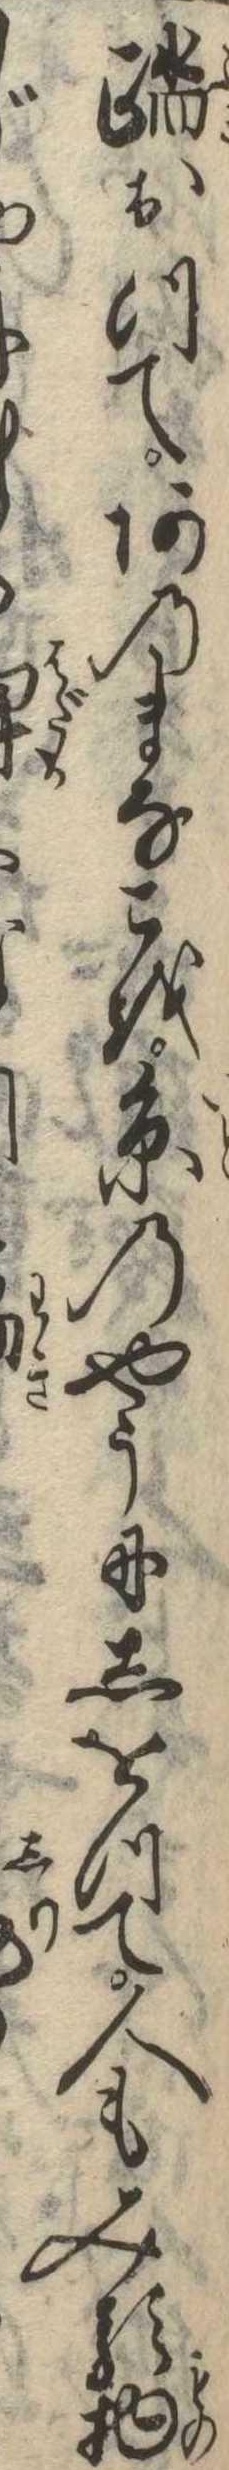
踏おつてあのまなこを糸のやうにしをつて人もみる物じま